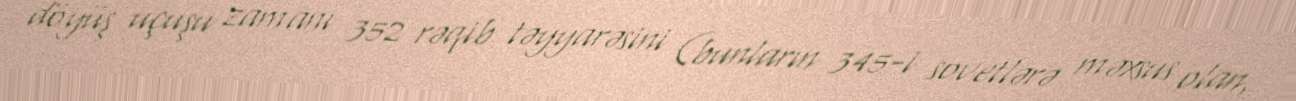
döyüş uçuşu zamanı 352 rəqib təyyarəsini (bunların 345-i sovetlərə məxsus olan,